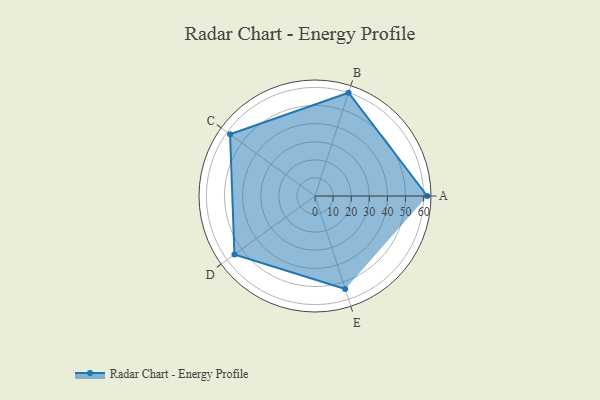
{"axis": {"x": "Skill", "y": "Score"}, "legend": ["Profile"], "data": [{"x": "A", "y": 62.0, "type": "Profile"}, {"x": "B", "y": 60.0, "type": "Profile"}, {"x": "C", "y": 58.0, "type": "Profile"}, {"x": "D", "y": 55.0, "type": "Profile"}, {"x": "E", "y": 54.0, "type": "Profile"}]}